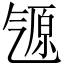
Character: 𬇒